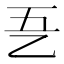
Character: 㐏